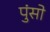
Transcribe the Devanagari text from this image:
पुंसो